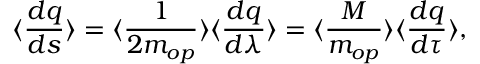
\langle \frac { d q } { d s } \rangle = \langle \frac { 1 } { 2 m _ { o p } } \rangle \langle \frac { d q } { d \lambda } \rangle = \langle \frac { M } { m _ { o p } } \rangle \langle \frac { d q } { d \tau } \rangle ,